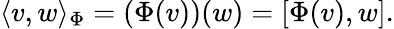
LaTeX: \langle v,w\rangle_{\Phi}=(\Phi(v))(w)=[\Phi(v),w].